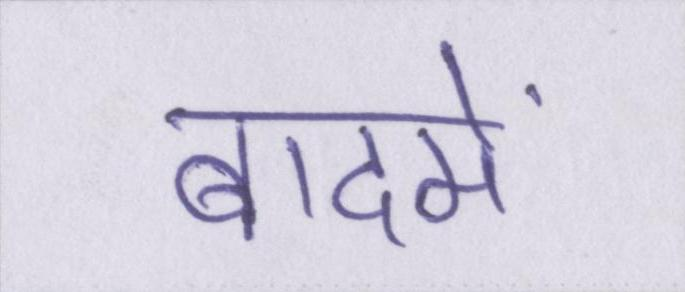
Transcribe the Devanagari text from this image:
बादमें